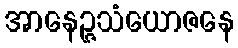
အာနေဉ္ဇသံယောဇနေ